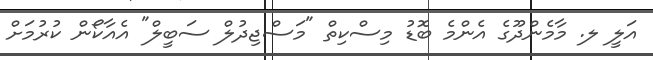
އަލީ ލ. މާމެންދޫގެ އެންމެ ބޮޑު މިސްކިތް "މަސްޖިދުލް ސަބީލް" އެއާކޯން ކުރުމަށް